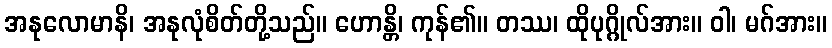
အနုလောမာနိ၊ အနုလုံစိတ်တို့သည်။ ဟောန္တိ၊ ကုန်၏။ တဿ၊ ထိုပုဂ္ဂိုလ်အား။ ဝါ၊ မဂ်အား။